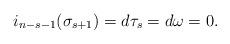
LaTeX: \begin{align*}i_{n-s-1}(\sigma_{s+1}) = d \tau_s = d \omega = 0.\end{align*}